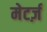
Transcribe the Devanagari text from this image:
मेटर्ज़